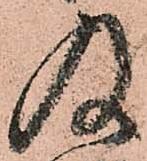
及